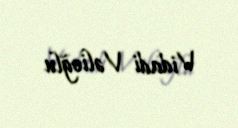
Vidadi Vəlioğlu